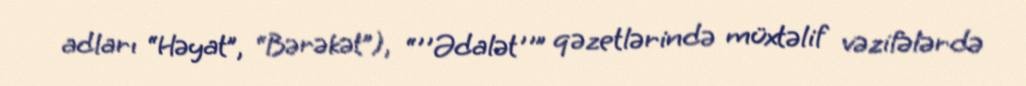
adları “Həyat”, “Bərəkət”), “''Ədalət''” qəzetlərində müxtəlif vəzifələrdə